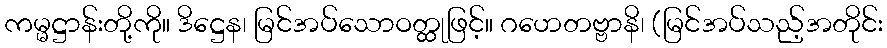
ကမ္မဋ္ဌာန်းတို့ကို။ ဒိဋ္ဌေန၊ မြင်အပ်သောဝတ္ထုဖြင့်။ ဂဟေတဗ္ဗာနိ၊ (မြင်အပ်သည့်အတိုင်း